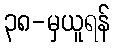
၃၈-မှယူရန်